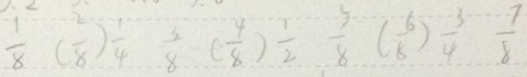
\frac { 1 } { 8 } ( \frac { 2 } { 8 } ) \frac { 1 } { 4 } \frac { 3 } { 8 } ( \frac { 4 } { 8 } ) \frac { 1 } { 2 } \frac { 5 } { 8 } ( \frac { 6 } { 8 } ) \frac { 3 } { 4 } \frac { 7 } { 8 }